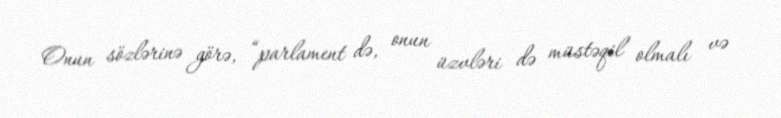
Onun sözlərinə görə, “parlament də, onun üzvləri də müstəqil olmalı və